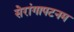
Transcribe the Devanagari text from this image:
सेरांगापटनम